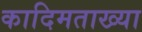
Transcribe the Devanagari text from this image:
कादिमताख्या